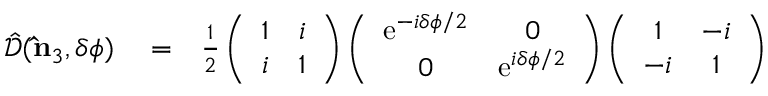
\begin{array} { r l r } { \hat { \mathcal { D } } ( { \bf \hat { n } } _ { 3 } , \delta \phi ) } & { { } = } & { \frac { 1 } { 2 } \left( \begin{array} { c c } { 1 } & { i } \\ { i } & { 1 } \end{array} \right) \left( \begin{array} { c c } { \mathrm { e } ^ { - i \delta \phi / 2 } } & { 0 } \\ { 0 } & { \mathrm { e } ^ { i \delta \phi / 2 } } \end{array} \right) \left( \begin{array} { c c } { 1 } & { - i } \\ { - i } & { 1 } \end{array} \right) } \end{array}